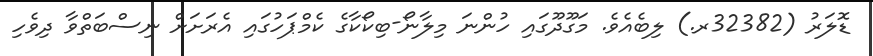
ޑޮލަރު (32382ރ.) ލިބެއެވެ. މަގޫދޫގައި ހުންނަ މިލާނޯ-ބިކޯކާގެ ކެމްޕަހުގައި އެރަށަށް ނިސްބަތްވާ ދިވެހި